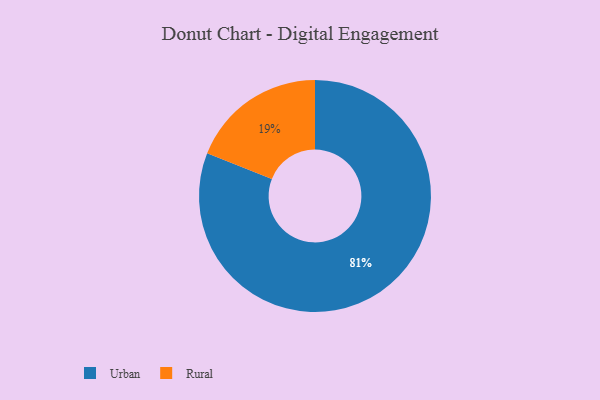
{"axis": {"x": "Category", "y": "Percentage"}, "legend": ["Rural", "Urban"], "data": [{"x": "Urban", "y": 81, "type": "Urban"}, {"x": "Rural", "y": 19, "type": "Rural"}]}